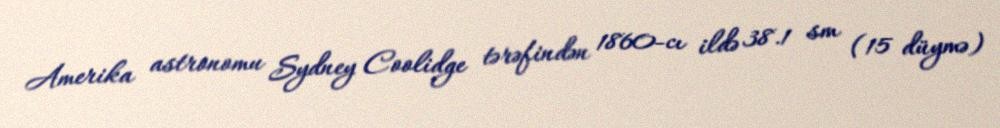
Amerika astronomu Sydney Coolidge tərəfindən 1860-cı ildə 38.1 sm (15 düymə)